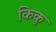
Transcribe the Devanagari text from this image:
किकु